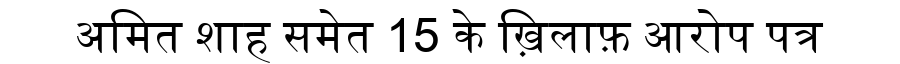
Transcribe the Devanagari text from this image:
अमित शाह समेत 15 के ख़िलाफ़ आरोप पत्र